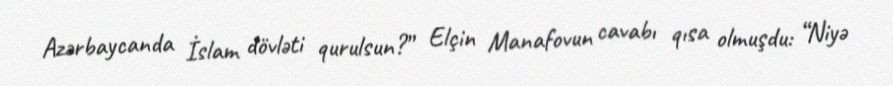
Azərbaycanda İslam dövləti qurulsun?” Elçin Manafovun cavabı qısa olmuşdu: “Niyə